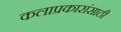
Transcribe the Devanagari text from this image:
कलाप्रकारांसाठी